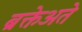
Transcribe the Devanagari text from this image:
ब्रक्तेअते